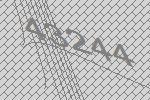
43244